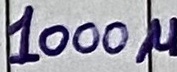
Text: 1000u